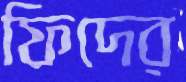
ফিদের